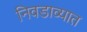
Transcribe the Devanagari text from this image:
निवडाव्यात